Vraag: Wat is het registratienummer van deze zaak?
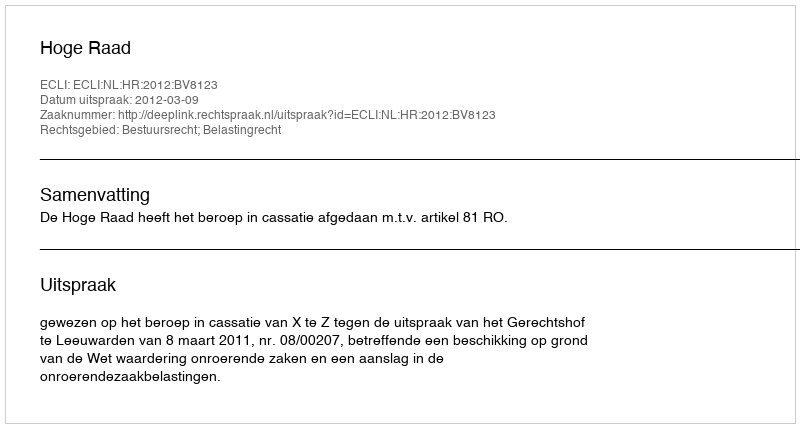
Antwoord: http://deeplink.rechtspraak.nl/uitspraak?id=ECLI:NL:HR:2012:BV8123